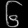
Digit: ၆